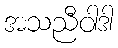
အသညီဝါဒါ